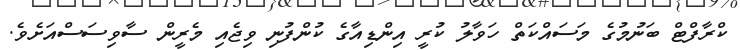
ކްރާފްޓް ބަނުމުގެ މަސައްކަތް ހަވާލު ކުރީ އިންޑިއާގެ ކުންފުނި ވިޖެއި މެރީން ސާވިސަސްއަށެވެ.